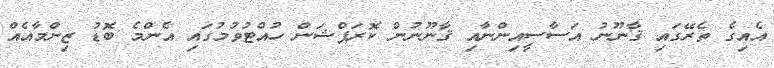
އެއިގެ ތެރޭގައި ޤާނޫނު އަސާސީއިންނާއި ޤާނޫނުން ކޮރަޕްޝަން ހުއްޓުވުމުގައި އެންމެ ބޮޑު ޒިންމާއެއް